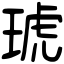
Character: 琥